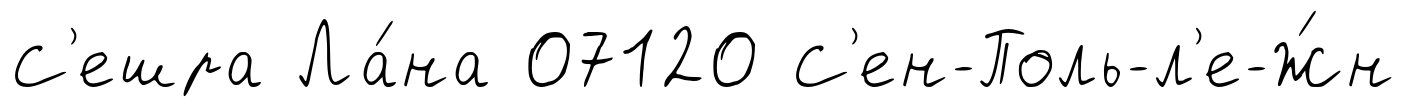
С'ешра Ла́на 07120 С'ен-Поль-л'е-Ж́н